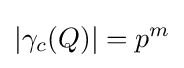
\vert \gamma _{c}(Q)\vert =p^{m}